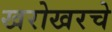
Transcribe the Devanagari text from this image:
खरोखरचे